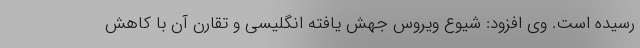
رسیده است. وی افزود: شیوع ویروس جهش یافته انگلیسی و تقارن آن با کاهش